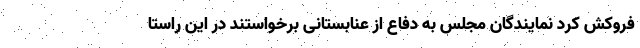
فروکش کرد نمایندگان مجلس به دفاع از عنابستانی برخواستند در این راستا